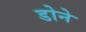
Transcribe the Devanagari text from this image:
डोने